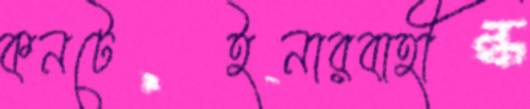
কনটেইনারবাহী